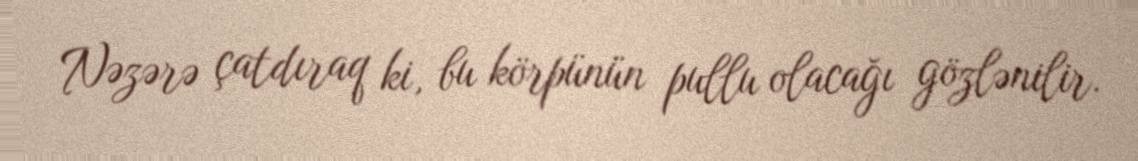
Nəzərə çatdıraq ki, bu körpünün pullu olacağı gözlənilir.